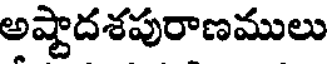
అష్టాదశపురాణములు